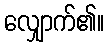
လျှောက်၏။